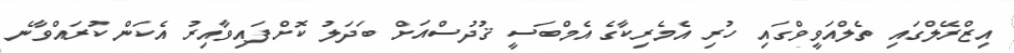
އިޒްރޭލްގައި ތެލްއަވީވްގައި ހުރި އެމެރިކާގެ އެމްބަސީ ޤުދުސްއަށް ބަދަލު ކޮށްފައިވާއިރު އެކަން ކުރައްވާނެ